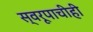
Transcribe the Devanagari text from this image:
स्वरूपाचीही